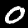
Label: 0